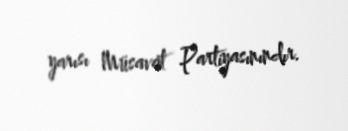
yarısı Müsavat Partiyasınındır.